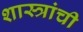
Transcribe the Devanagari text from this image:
शास्त्रांची